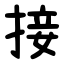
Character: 接